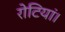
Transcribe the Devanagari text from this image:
रोटियां।